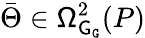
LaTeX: \bar{\Theta}\in\mathsf{\Omega}_{{\mathsf{G}}_{\mathtt{G}}}^{2}(P)